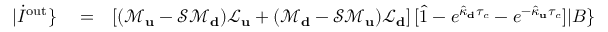
\begin{array} { r l r } { | \dot { I } ^ { \mathrm { o u t } } \} } & { { } = } & { \left[ ( \mathcal { M } _ { \bf u } - \mathcal { S } \mathcal { M } _ { \bf d } ) \mathcal { L } _ { \bf u } + ( \mathcal { M } _ { \bf d } - \mathcal { S } \mathcal { M } _ { \bf u } ) \mathcal { L } _ { \bf d } \right] [ \hat { 1 } - e ^ { \hat { \kappa } _ { \bf d } \tau _ { c } } - e ^ { - \hat { \kappa } _ { \bf u } \tau _ { c } } ] | B \} } \end{array}